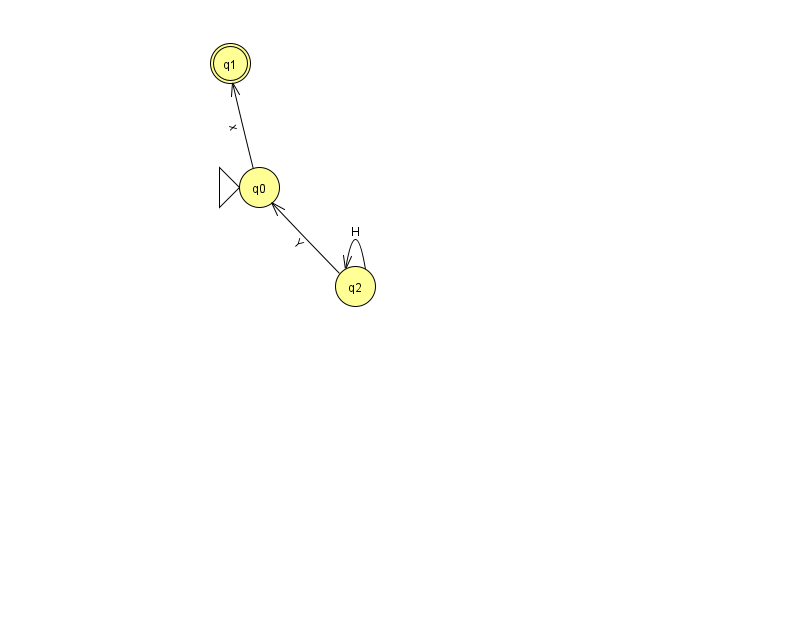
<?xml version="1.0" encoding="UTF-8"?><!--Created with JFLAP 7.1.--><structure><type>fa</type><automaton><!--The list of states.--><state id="0" name="q0"><x>259.0</x><y>174.0</y><initial/></state><state id="1" name="q1"><x>230.0</x><y>50.0</y><final/></state><state id="2" name="q2"><x>355.0</x><y>273.0</y></state><!--The list of transitions.--><transition><from>0</from><to>1</to><read>x</read></transition><transition><from>2</from><to>2</to><read>H</read></transition><transition><from>2</from><to>0</to><read>Y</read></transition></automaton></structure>